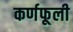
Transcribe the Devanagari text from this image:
कर्णफूली